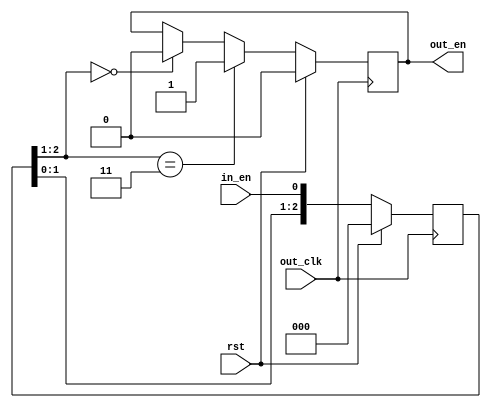
// This program was cloned from: https://github.com/CospanDesign/nysa-verilog
// License: MIT License

`timescale 1ns/1ps

module cross_clock_enable (
  input         rst,
  input         in_en,

  input         out_clk,
  output  reg   out_en

);

//Parameters
//Registers/Wires
reg       [2:0]  out_en_sync;
//Submodules
//Asynchronous Logic
//Synchronous Logic
always @ (posedge out_clk) begin
  if (rst) begin
    out_en_sync   <=  0;
    out_en        <=  0;
  end
  else begin
    if (out_en_sync[2:1] == 2'b11) begin
      out_en      <=  1;
    end
    else if (out_en_sync[2:1] == 2'b00) begin
      out_en      <=  0;
    end
    out_en_sync   <=  {out_en_sync[1:0], in_en};
  end
end
endmodule